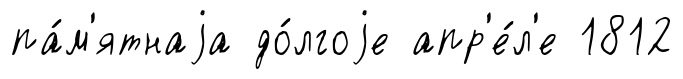
па́м'ятнаjа до́лгоjе апр'е́л'е 1812